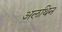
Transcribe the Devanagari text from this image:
अलथिन